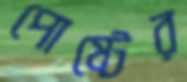
পোষ্টের